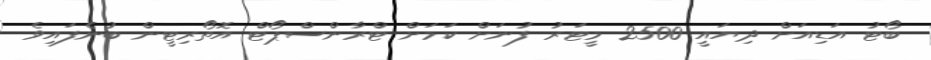
ބޯޓު އަޑިއަށް ދިޔައީ 2500 މީޓަރު ފުނަށް ކަމަށް ޓްރާންސްޕޯޓް އޮތޯރިޓީން ބުނެފައިވެ